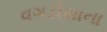
વગડીયાના